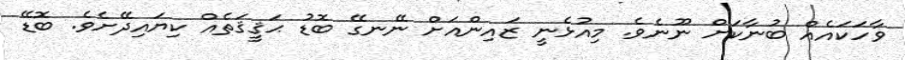
ވާހަކައެއް ބުނާކަށް ނޫނެވެ. މިއުޅެނީ ޒައިންއަށް ނޭނގޭ ބޮޑު ޙަޤީޤަތެއް ކިޔައިދޭށެވެ. ބޮޑޭ